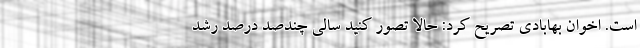
است. اخوان بهابادی تصریح کرد: حالا تصور کنید سالی چندصد درصد رشد